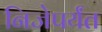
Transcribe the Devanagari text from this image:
निजेपर्यंत